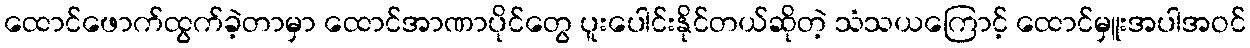
ထောင်ဖောက်ထွက်ခဲ့တာမှာ ထောင်အာဏာပိုင်တွေ ပူးပေါင်းနိုင်တယ်ဆိုတဲ့ သံသယကြောင့် ထောင်မှူးအပါအဝင်